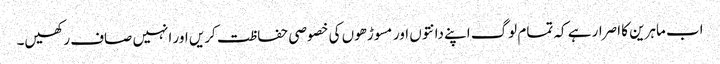
اب ماہرین کا اصرار ہے کہ تمام لوگ اپنے دانتوں اور مسوڑھوں کی خصوصی حفاظت کریں اور انہیں صاف رکھیں۔